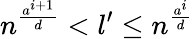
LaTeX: n^{\frac{a^{i+1}}{d}}<l^{\prime}\leq n^{\frac{a^{i}}{d}}